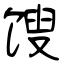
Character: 馊